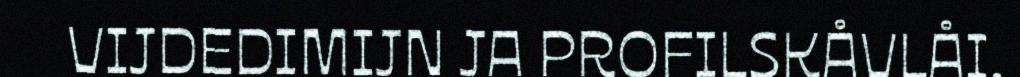
VIJDEDIMIJN JA PROFILSKÅVLÅI.